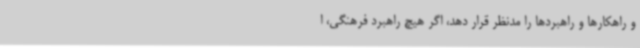
و راهکارها و راهبردها را مدنظر قرار دهد، اگر هیچ راهبرد فرهنگی، ا